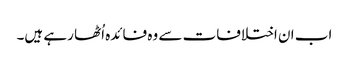
اب ان اختلافات سے وہ فائدہ اُٹھا رہے ہیں۔